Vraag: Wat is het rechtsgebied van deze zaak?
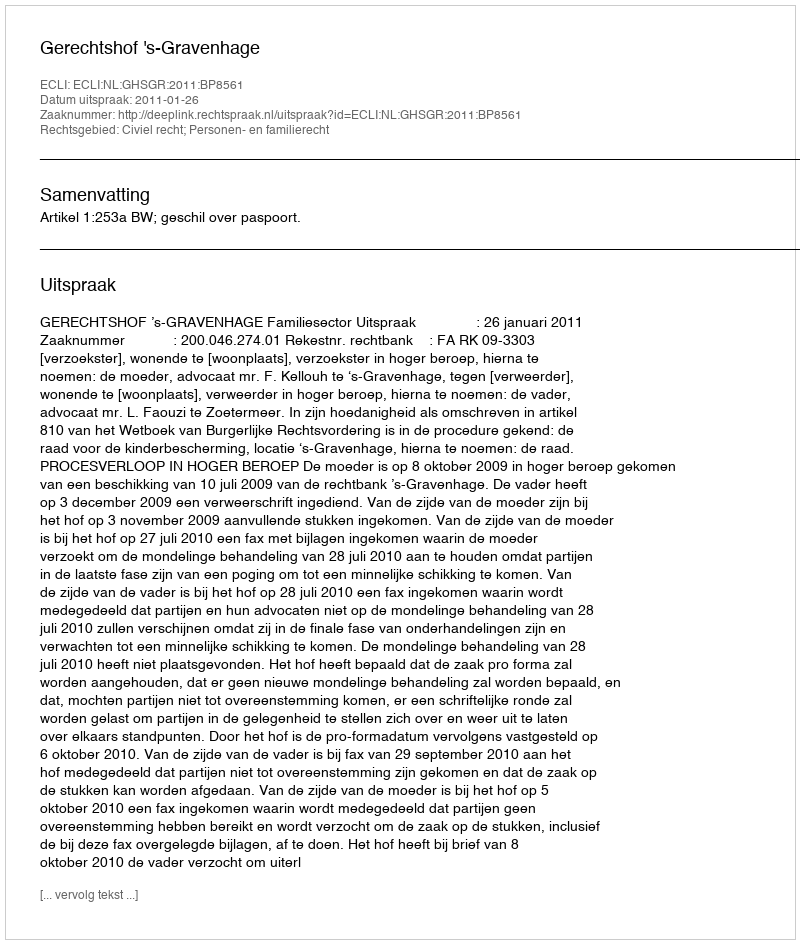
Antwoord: Civiel recht; Personen- en familierecht